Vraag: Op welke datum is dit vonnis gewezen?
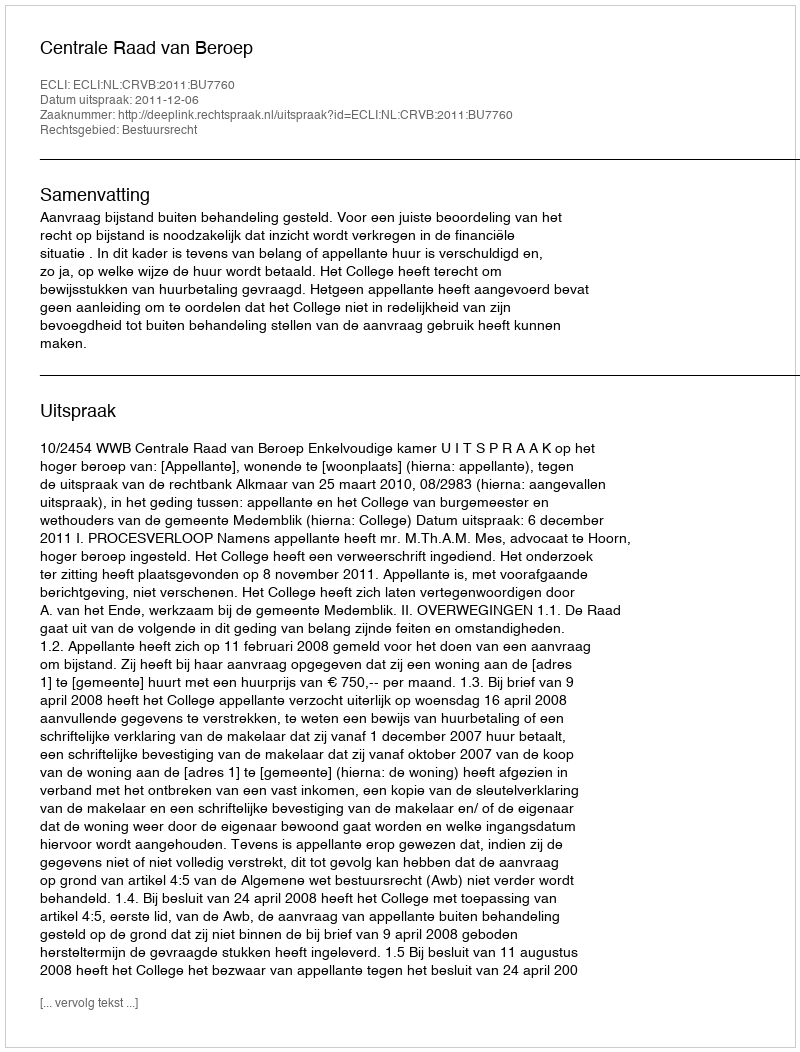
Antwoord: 2011-12-06